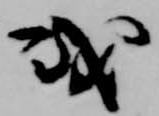
或